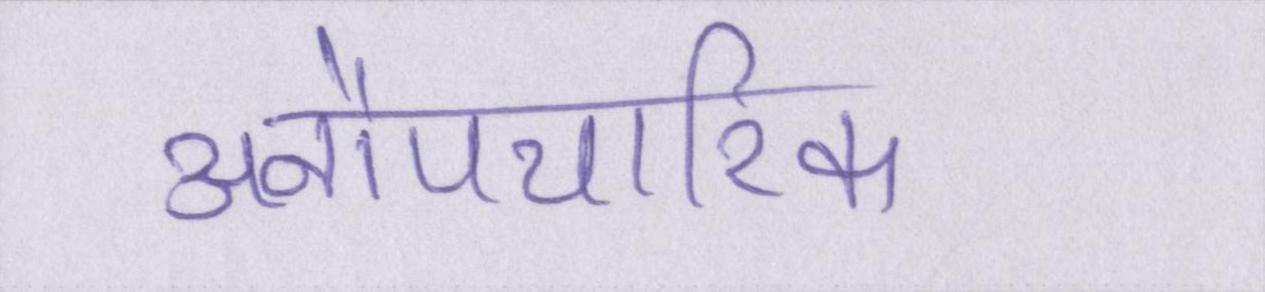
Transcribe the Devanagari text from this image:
अनौपचारिक